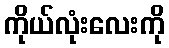
ကိုယ်လုံးလေးကို